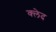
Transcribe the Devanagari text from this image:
क्‍लेद